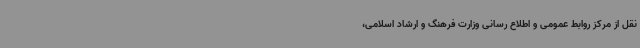
نقل از مرکز روابط عمومی و اطلاع رسانی وزارت فرهنگ و ارشاد اسلامی،